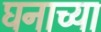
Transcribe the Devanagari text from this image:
घनाच्या